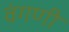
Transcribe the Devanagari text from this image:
वंगणी